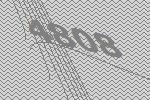
4808